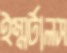
ইম্মর্টালস